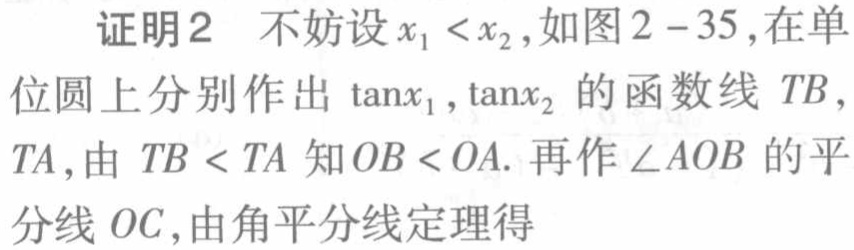
证明2 不妨设\(x_{1}<x_{2}\),如图2 - 35,在单位圆上分别作出\(\tan x_{1},\tan x_{2}\)的函数线\(TB\),\(TA\),由\(TB < TA\)知\(OB < OA\). 再作\(\angle AOB\)的平分线\(OC\),由角平分线定理得